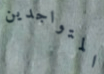
المتواجدين